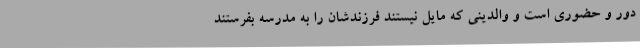
دور و حضوری است و والدینی که مایل نیستند فرزندشان را به مدرسه بفرستند